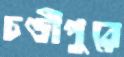
চণ্ডীপুরে